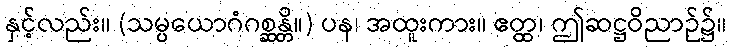
နှင့်လည်း။ (သမ္ပယောဂံဂစ္ဆန္တိ။) ပန၊ အထူးကား။ ဧတ္ထ၊ ဤဆဋ္ဌဝိညာဉ်၌။